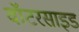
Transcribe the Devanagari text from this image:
वॉटरसाइड